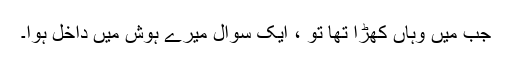
جب میں وہاں کھڑا تھا تو ، ایک سوال میرے ہوش میں داخل ہوا۔